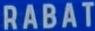
RABAT